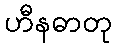
ဟီနဓာတု